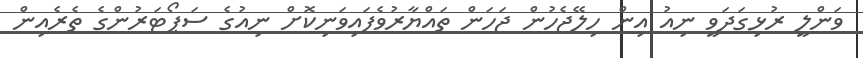
ވަންލީ ރުޅިގަދަވީ ނިއު އިން ހިލޭޖެހުން ޖަހަން ތައްޔާރުވެފައިވަނިކޮށް ނިއުގެ ސަޕޯޓަރުންގެ ތެރެއިން